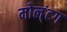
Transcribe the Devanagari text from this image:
मोल्‌ंटग